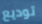
توديع